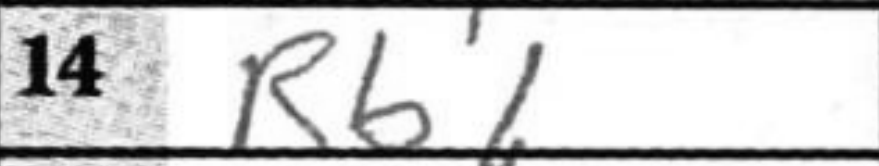
Transcription: Rb1